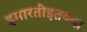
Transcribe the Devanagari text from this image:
इमारतींइतक्या